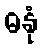
ဓနုံ